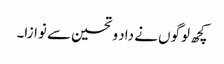
کچھ لوگوں نے داد و تحسین سے نوازا۔